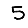
Digit: 5